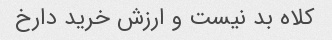
کلاه بد نیست و ارزش خرید دارخ